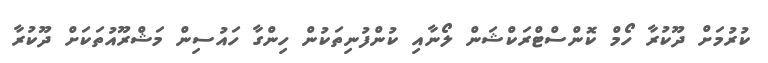
ކުރުމަށް ދޫކުރާ ހޯމް ކޮންސްޓްރަކްޝަން ލޯނާއި ކުންފުނިތަކުން ހިންގާ ހައުސިން މަޝްރޫއުތަކަށް ދޫކުރާ